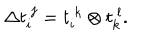
\Delta t _ { i } ^ { ~ j } = t _ { i } ^ { ~ k } \otimes t _ { k } ^ { ~ l } .